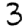
Digit: 3